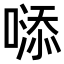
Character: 𠻹